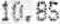
10.85